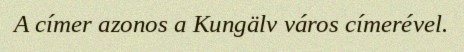
A címer azonos a Kungälv város címerével.